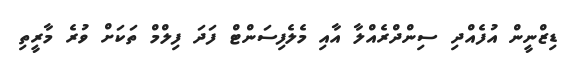
ޑިޒްނީން އުފެއްދި ސިންދްރެއްލާ އާއި މެލެފިސަންޓް ފަދަ ފިލްމް ތަކަށް ވުރެ މާރީތި